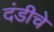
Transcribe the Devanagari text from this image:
दंडीचे